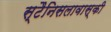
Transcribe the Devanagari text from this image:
स्टैनिसलावास्की